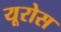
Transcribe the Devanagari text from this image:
यूरोस